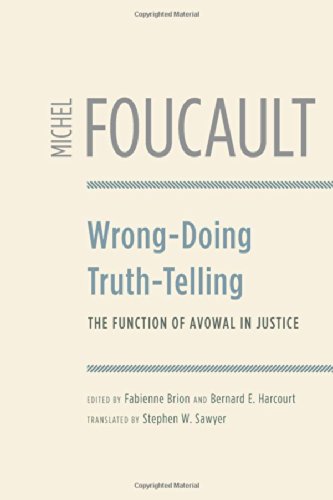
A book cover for Wrong-Doing, Truth-Telling: The Function of Avowal in Justice; Michel Foucault; Politics & Social Sciences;